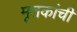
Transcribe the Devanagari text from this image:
मृतकांची